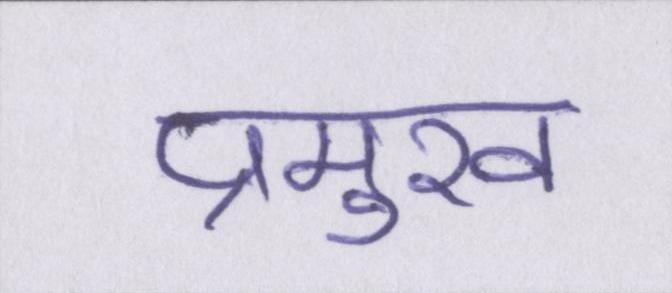
प्रमुख